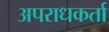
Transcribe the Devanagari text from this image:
अपराधकर्ता